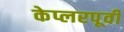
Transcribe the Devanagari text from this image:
केप्लरपूर्वी